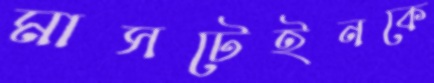
মাসটেইনকে